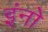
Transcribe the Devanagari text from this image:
इंनो